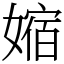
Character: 㜚